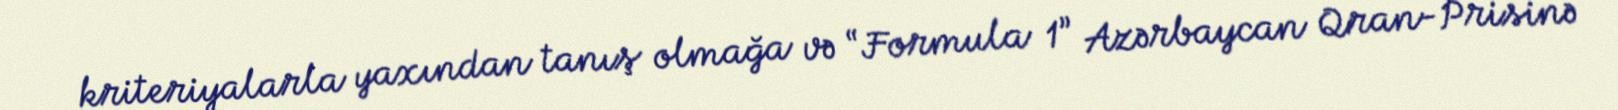
kriteriyalarla yaxından tanış olmağa və “Formula 1” Azərbaycan Qran-Prisinə